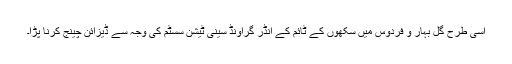
اسی طرح گل بہار و فردوس میں سکھوں کے ٹائم کے انڈر گراؤنڈ سینی ٹیشن سسٹم کی وجہ سے ڈیزائن چینج کرنا پڑا۔